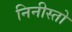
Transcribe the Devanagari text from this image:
निनीस्तो